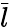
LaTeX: \bar{l}